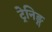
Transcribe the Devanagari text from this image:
ट्रेनिङ्ग